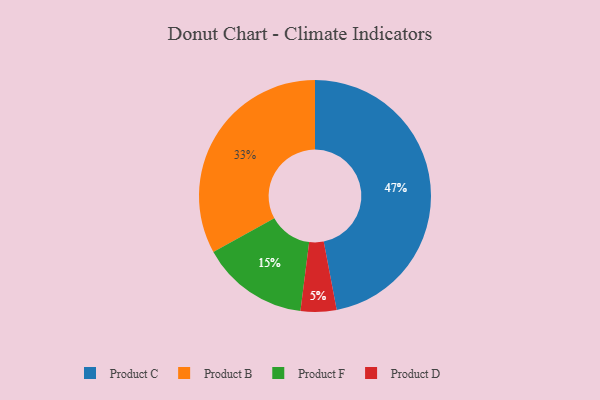
{"axis": {"x": "Category", "y": "Percentage"}, "legend": ["Product B", "Product C", "Product D", "Product F"], "data": [{"x": "Product F", "y": 15, "type": "Product F"}, {"x": "Product C", "y": 47, "type": "Product C"}, {"x": "Product B", "y": 33, "type": "Product B"}, {"x": "Product D", "y": 5, "type": "Product D"}]}